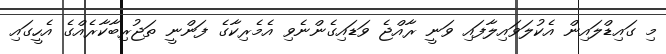
މި ގައިޑްލައިން އެކުލަވައިލާފައި ވަނީ ރާއްޖެ ވަޑައިގެންނެވި އެމެރިކާގެ ފަންނީ ތަޖުރިބާކާރެއްގެ އެހީގައި